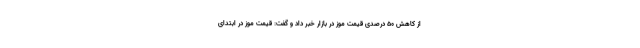
از کاهش ۵۰ درصدی قیمت موز در بازار خبر داد و گفت: قیمت موز در ابتدای